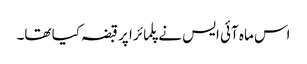
اس ماہ آئی ایس نے پلمائرا پر قبضہ کیا تھا۔